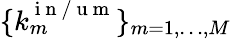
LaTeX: \lbrace k_{m}^{\mathrm{~i~n~/~u~m~}}\rbrace_{m=1,\dots,M}